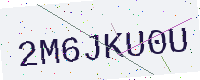
Text: 2M6JKU0U